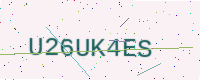
Text: U26UK4ES